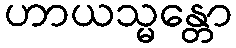
ဟာယသ္မန္တော